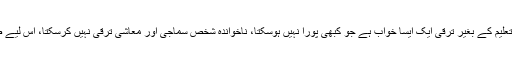
اسسٹنٹ پروفیسر کراچی یونیورسٹی ڈاکٹر اسامہ شفیق نے کہا کہ تعلیم کے بغیر ترقی ایک ایسا خواب ہے جو کبھی پورا نہیں ہوسکتا، ناخواندہ شخص سماجی اور معاشی ترقی نہیں کرسکتا، اس لیے ضروری ہے کہ ہم اپنی نسل کو تعلیم کے زیور سے آراستہ کریں۔